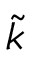
\tilde { k }